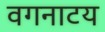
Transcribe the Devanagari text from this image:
वगनाटय